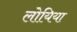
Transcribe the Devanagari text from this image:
लोयिया